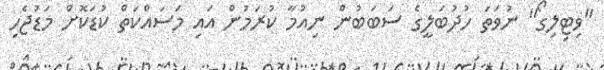
"ވިޓިލިގޯ" ނުވަތަ ހުދުބަލީގެ ސަބަބުން ނިއުމާ ކުރަމުން އައި މަސައްކަތް ކުޑަކޮށް މަޑުޖެހި